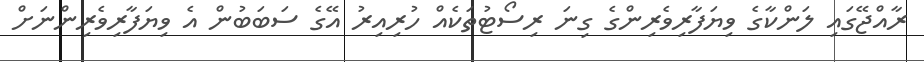
ރާއްޖޭގައި ލަންކާގެ ވިޔަފާރިވެރިންގެ ގިނަ ރިސޯޓުތަކެއް ހުރިއިރު އޭގެ ސަބަބުން އެ ވިޔަފާރިވެރިންނަށް